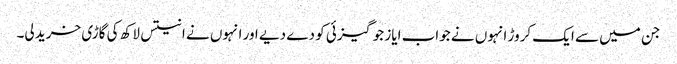
جن میں سے ایک کروڑ انہوں نے جواب ایاز جوگیزئی کو دے دیے اور انہوں نے انتیس لاکھ کی گاڑی خرید لی۔